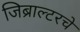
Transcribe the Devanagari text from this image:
जिब्राल्टरचे